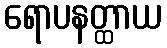
ရောပနတ္ထာယ